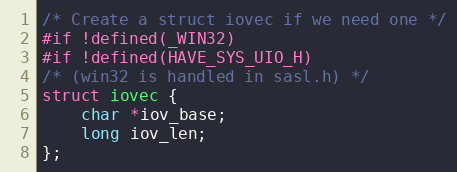
Language: C
/* Create a struct iovec if we need one */
#if !defined(_WIN32)
#if !defined(HAVE_SYS_UIO_H)
/* (win32 is handled in sasl.h) */
struct iovec {
    char *iov_base;
    long iov_len;
};